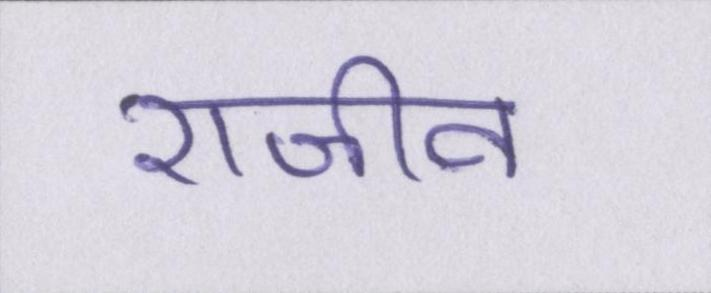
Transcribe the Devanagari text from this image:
राजीव